Insane asylums in Bengal annual reports 1867-1875 - 1867-1875
Year: 1867
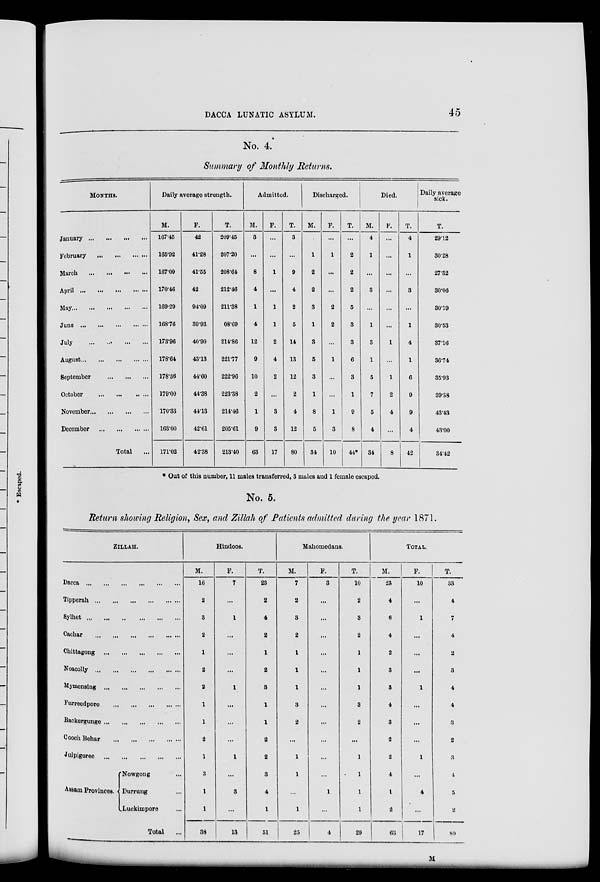
DACCA LUNATIC ASYLUM.
45
No. 4.
Summary of Monthly Returns.
MONTHS.
January ... ... ... ...
February
...
...
...
...
March ... ... ... ...
April
...
...
...
...
...
May...
...
...
...
...
June
...
...
...
...
...
July
...
...
...
...
August ... ... ... ... ...
September
...
...
...
October
...
...
...
...
November
...
...
...
...
December
...
...
...
...
Total ...
Daily average strength.
M.
167.45
165.92
167.09
170.46
169.29
168.76
173.96
178.64
178.36
179.00
170.33
163.00
171.02
F.
42
41.28
41.55
42
94.09
39.93
40.90
43.13
44.60
44.38
44.13
42.61
42.38
T.
209.45
207.20
208.64
212.46
211.38
08.69
214.86
221.77
222.96
223.38
214.46
205.61
213.40
Admitted.
M.
3
...
8
4
1
4
12
9
10
2
1
9
63
F.
...
...
1
...
1
1
2
4
2
...
3
3
17
T.
3
...
9
4
2
5
14
13
12
2
4
12
80
Discharged.
M.
...
1
2
2
3
1
3
5
3
1
8
5
34
F.
...
1
...
...
2
2
...
1
...
...
1
3
10
T.
...
2
2
2
5
3
3
6
3
1
9
8
44*
Died.
M.
4
1
...
3
...
1
3
1
5
7
5
4
34
F.
...
...
...
...
...
...
1
...
1
2
4
...
8
T.
4
1
...
3
...
1
4
1
6
9
9
4
42
Daily average
sick.
T.
29.12
30.28
27.32
30.06
30.19
30.53
37.16
36.74
35.93
39.38
43.43
43.00
34.42
* Out of this number, 11 males transferred, 3 males and 1 female escaped.
No. 5.
Return showing Religion, Sex, and Zillah of Patients admitted during the year 1871.
ZILLAH.
Dacca ... ... ... ... ... ...
Tipperah
...
...
...
...
...
...
Sylhet
...
...
...
...
...
...
Cachar ... ... ... ... ... ...
Chittagong ... ... ... ... ... ...
Noacolly
...
...
...
...
...
...
Mymensing
...
...
...
...
...
Furreedpore
...
...
...
...
...
Backergunge
...
...
...
...
...
Cooch Behar
...
...
...
...
...
Julpigoree
...
...
...
...
...
Assam Provinces.
Nowgong ...
Durrung ...
Luckimpore ...
Total ...
Hindoos.
M.
16
2
3
2
1
2
2
1
1
2
1
3
1
1
38
F.
7
...
1
...
...
...
1
...
...
...
1
...
3
...
13
T.
23
2
4
2
1
2
3
1
1
2
2
3
4
1
51
Mahomedans.
M.
7
2
3
2
1
1
1
3
2
...
1
1
...
1
25
F.
3
...
...
...
...
...
...
...
...
...
...
...
1
...
4
T.
10
2
3
2
1
1
1
3
2
...
1
1
1
1
29
TOTAL.
M.
23
4
6
4
2
3
3
4
3
2
2
4
1
2
63
F.
10
...
1
...
...
...
1
...
...
...
1
...
4
...
17
T.
33
4
7
4
2
3
4
4
3
2
3
4
5
2
80
M